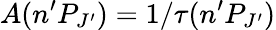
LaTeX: A(n^{\prime}P_{J^{\prime}})=1/\tau(n^{\prime}P_{J^{\prime}})